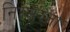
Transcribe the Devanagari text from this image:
निस्सरता